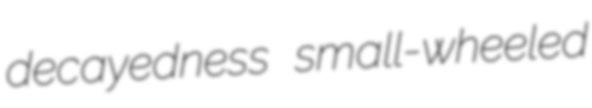
decayedness small-wheeled